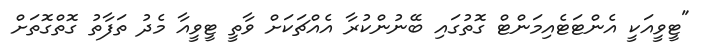
"ޓީވީއަކީ އެންޓަޓެއިމަންޓް ގޮތުގައި ބޭނުންކުރާ އެއްޗަކަށް ވާތީ ޓީވީއާ މެދު ތަފާތު ގޮތްގޮތަށް